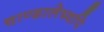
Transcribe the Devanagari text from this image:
चाण्डालेष्वपि